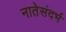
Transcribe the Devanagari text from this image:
नातेसंदर्भ